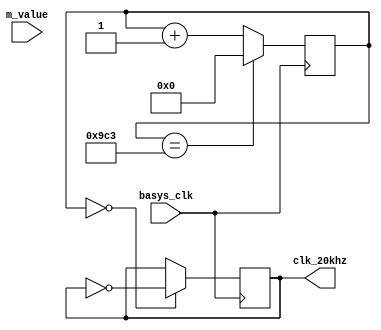
`timescale 1ns / 1ps
//////////////////////////////////////////////////////////////////////////////////
// Company: 
// Engineer: 
// 
// Design Name: 
// Module Name: clk_20kHz
// Project Name: 
// Target Devices: 
// Tool Versions: 
// Description: 
// 
// Dependencies: 
// 
// Revision:
// Revision 0.01 - File Created
// Additional Comments:
// 
//////////////////////////////////////////////////////////////////////////////////


module clk_20kHz(
    input basys_clk,
    input [31:0] m_value,
    output reg clk_20khz = 0
    );
    
    reg [31:0] count = 0;
    
    always @ (posedge basys_clk)
    begin
        count <= (count == 2499) ? 0 : count + 1;
        clk_20khz <= (count == 0) ? ~clk_20khz : clk_20khz;
    end
endmodule